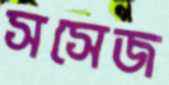
সসেজ